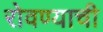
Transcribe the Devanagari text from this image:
रोवण्याची